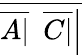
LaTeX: \overline{{{\overline{{A|}}}\ \ {\overline{{C|}}}{\Big|}}}